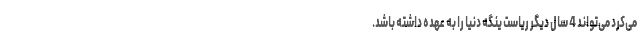
می‌کرد می‌تواند 4 سال دیگر ریاست ینگه دنیا را به عهده داشته باشد.